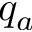
q _ { a }